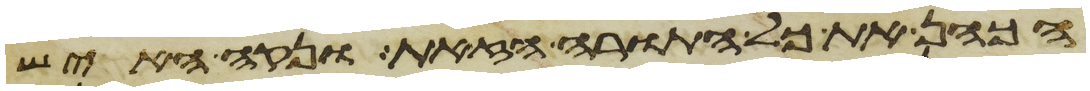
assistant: הכהן את כל התורה הזאת ונקה האיש